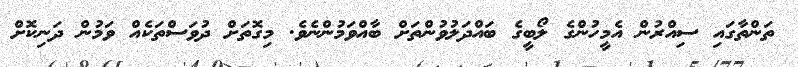
ތަންތާގައި ސިއްރުން އެމީހުންގެ ލޯބީގެ ބައްދަލުވުންތަށް ބާއްވަމުންނެވެ. މިގޮތަށް ދުވަސްތަކެއް ވަމުން ދަނިކޮށް